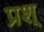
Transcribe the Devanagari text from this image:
प्रश्